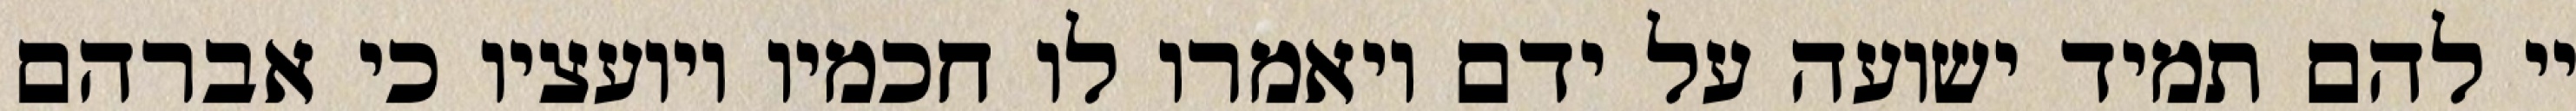
יי להם תמיד ישועה על ידם ויאמרו לו חכמיו ויועציו כי אברהם